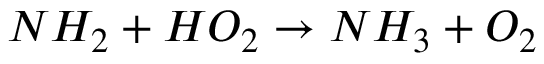
N H _ { 2 } + H O _ { 2 } \rightarrow N H _ { 3 } + O _ { 2 }